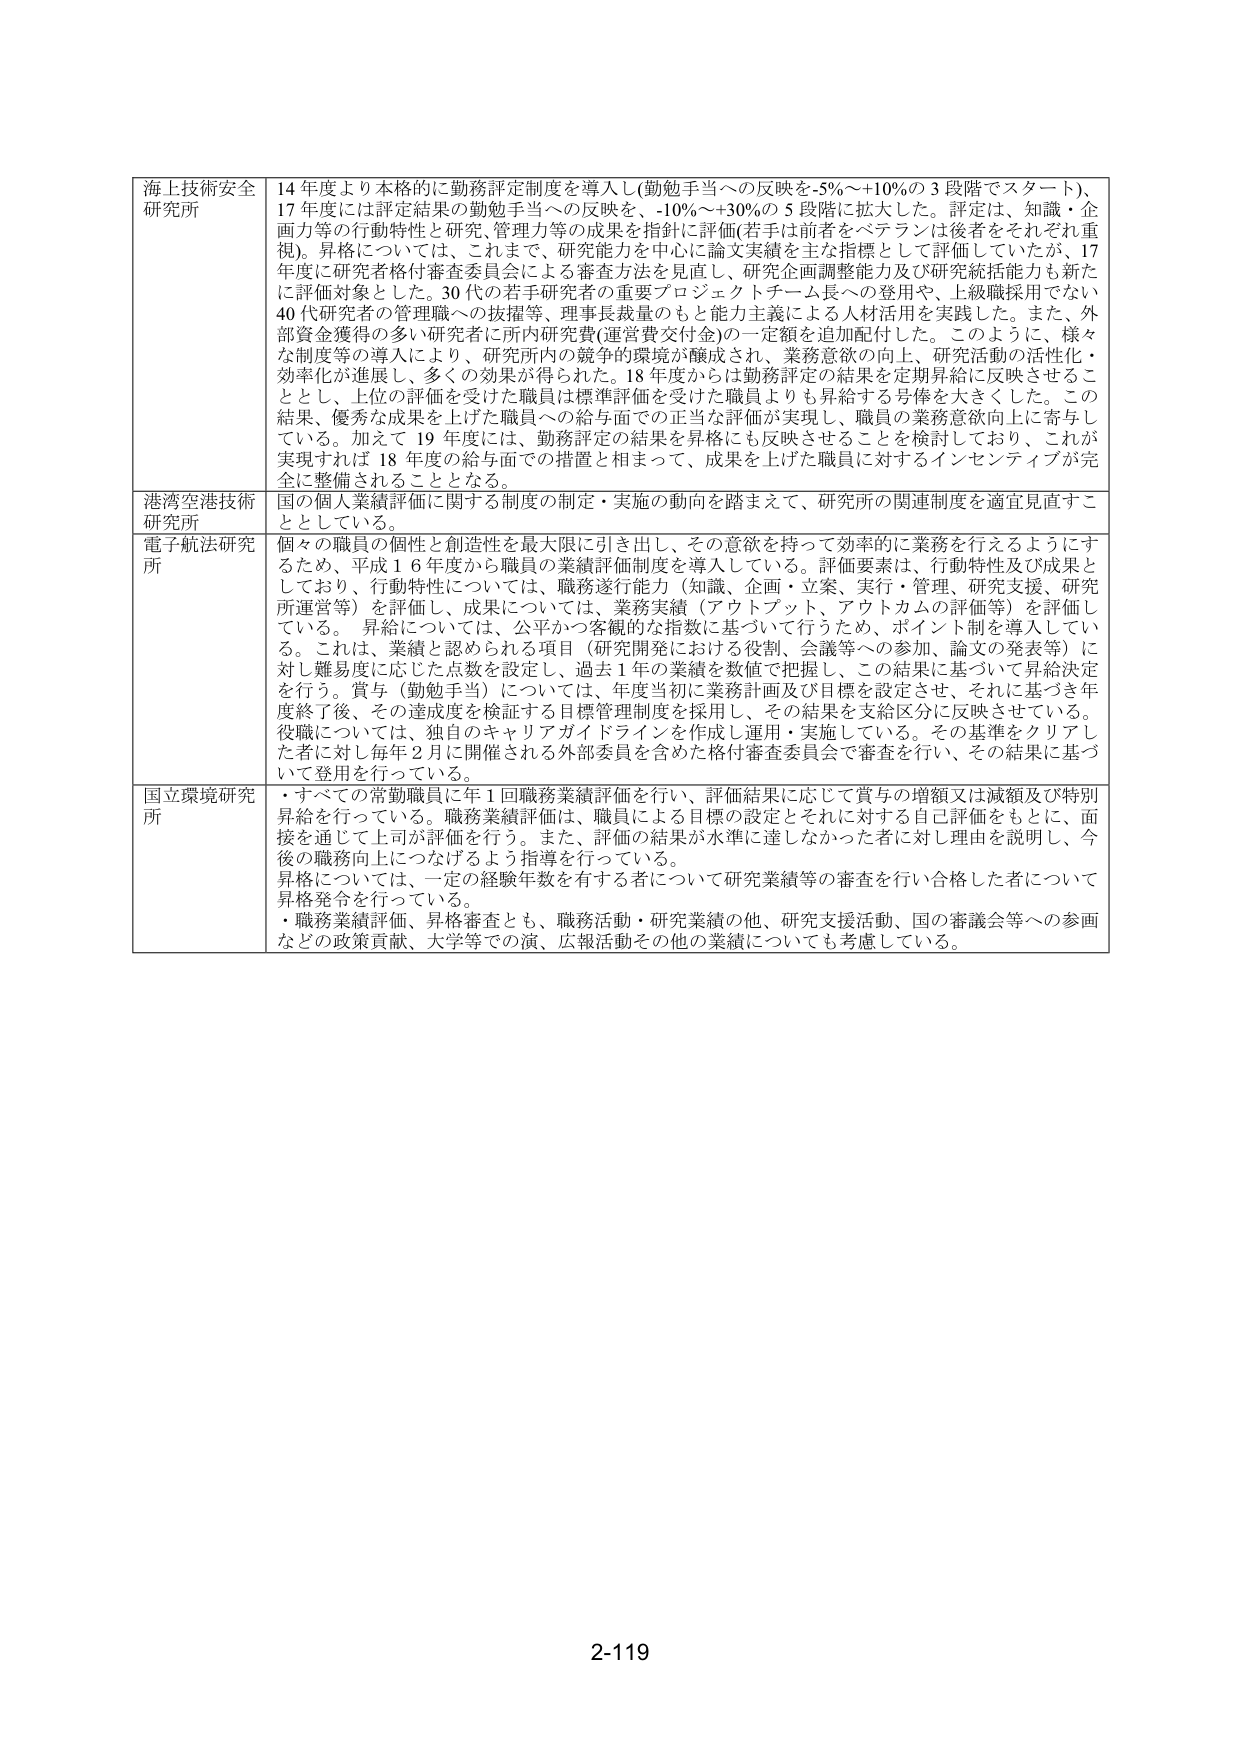
海上技術安全研究所 14年度より本格的に勤務評定制度を導入し(勤勉手当への反映を-5%～+10%の3段階でスタート)、17年度には評定結果の勤勉手当への反映を、-10%～+30%の5段階に拡大した。評定は、知識・企画力等の行動特性と研究、管理力等の成果を指針に評価(若手は前者をベテランは後者をそれぞれ重視)。昇格については、これまで、研究能力を中心に論文実績を主な指標として評価していたが、17年度に研究者格付審査委員会による審査方法を見直し、研究企画調整能力及び研究統括能力も新たに評価対象とした。30代の若手研究者の重要プロジェクトチーム長への登用や、上級職採用でない40代研究者の管理職への抜擢等、理事長裁量のもと能力主義による人材活用を実践した。また、外部資金獲得の多い研究者に所内研究費(運営費交付金)の一定額を追加配付した。このように、様々な制度等の導入により、研究所内の競争的環境が醸成され、業務意欲の向上、研究活動の活性化・効率化が進展し、多くの効果が得られた。18年度からは勤務評定の結果を定期昇給に反映させることとし、上位の評価を受けた職員は標準評価を受けた職員よりも昇給する見俸を大きくした。この結果、優秀な成果を上げた職員への給与面での正当な評価が実現し、職員の業務意欲向上に寄与している。加えて19年度には、勤務評定の結果を昇格にも反映させることを検討しており、これが実現すれば18年度の給与面での措置と相まって、成果を上げた職員に対するインセンティブが完全に整備されることとなる。

港湾空港技術研究所 国の個人業績評価に関する制度の制定・実施の動向を踏まえて、研究所の関連制度を適宜見直すこととしている。

電子航法研究所 個々の職員の個性と創造性を最大限度に引き出し、その意欲を持って効率的に業務を行えるようにするため、平成16年度から職員の業績評価制度を導入している。評価要素は、行動特性及び成果としており、行動特性については、職務遂行能力（知識、企画・立案、実行・管理、研究支援、研究所運営等）を評価し、成果については、業務実績（アウトプット、アウトカムの評価等）を評価している。昇給については、公平かつ客観的な指標に基づいて行うため、ポイント制を導入している。これは、業績と認められる項目（研究開発における役割、会議等への参加、論文の発表等）に対し難易度に応じた点数を設定し、過去1年の業績を数値で把握し、この結果に基づいて昇給決定を行う。賞与（勤勉手当）については、年度当初に業務計画及び目標を設定させ、それに基づき年度終了後、その達成度を検証する目標管理制度を採用し、その結果を支給区分に反映させている。役職については、独自のキャリアガイドラインを作成し運用・実施している。その基準をクリアした者に対し毎年2月に開催される外部委員を含めた格付審査委員会で審査を行い、その結果に基づいて登用を行っている。

国立環境研究所 ・すべての常勤職員に年1回職務業績評価を行い、評価結果に応じて賞与の増額又は減額及び特別昇給を行っている。職務業績評価は、職員による目標の設定とそれに対する自己評価をもとに、面接を通じて上司が評価を行う。また、評価の結果が水準に達しなかった者に対し理由を説明し、今後の職務向上につなげるよう指導を行っている。昇格については、一定の経験年数を有する者について研究業績等の審査を行い合格した者について昇格発令を行っている。・職務業績評価、昇格審査とも、職務活動・研究業績の他、研究支援活動、国の審議会等への参画などの政策貢献、大学等での演、広報活動その他の業績についても考慮している。

2-119